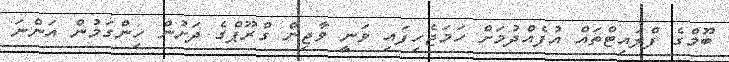
ބޫމްގެ ފްލައިޓްތައް އުފެއްދުމަށް ހަމަޖެހިފައި ވަނީ ވާޖިން ގްރޫޕްގެ ދަށުން ހިންގަމުން އަންނަ